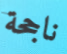
ناجحة